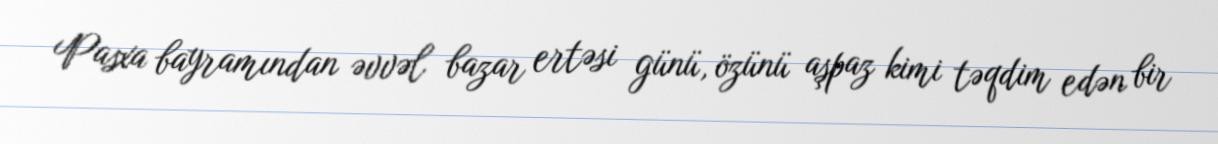
Pasxa bayramından əvvəl bazar ertəsi günü, özünü aşpaz kimi təqdim edən bir